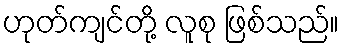
ဟုတ်ကျင်တို့ လူစု ဖြစ်သည်။